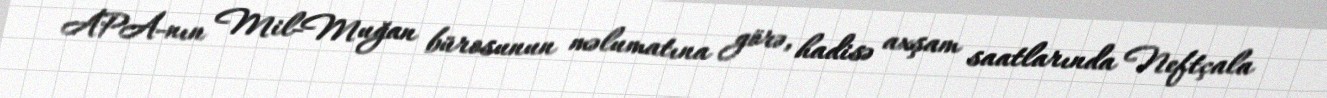
APA-nın Mil-Muğan bürosunun məlumatına görə, hadisə axşam saatlarında Neftçala